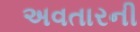
અવતારની